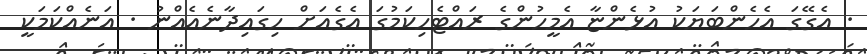
. އެގޭގަ އެހެންބަޔަކު އުޅެންޏާ އެމީހުންގެ ރައްޓެހިކަމުގަ އެގެއަށް ހިގައިދާނެއެއްނު . އަނެއްކަމަކީ